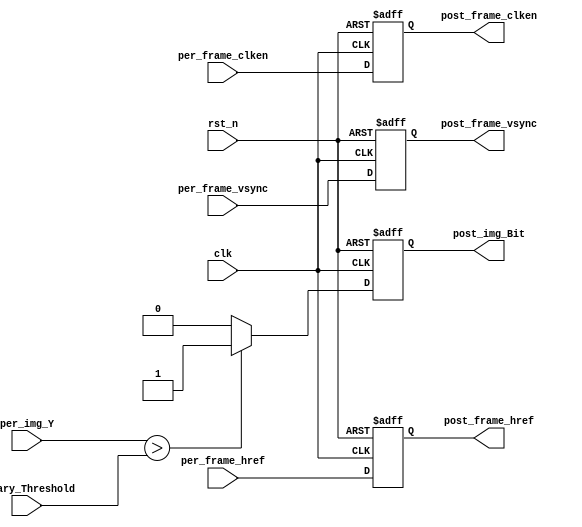

module binarization(
    input               clk             ,   // 
    input               rst_n           ,   // 

	input				per_frame_vsync,
	input				per_frame_href ,	
	input				per_frame_clken,
	input		[7:0]	per_img_Y,		

	output	reg 		post_frame_vsync,	
	output	reg 		post_frame_href ,	
	output	reg 		post_frame_clken,	
	output	reg 		post_img_Bit,		

	input		[7:0]	Binary_Threshold
);


//
always @(posedge clk or negedge rst_n) begin
    if(!rst_n)
        post_img_Bit <= 1'b0;
    else begin
		if(per_img_Y > Binary_Threshold)  //
			post_img_Bit <= 1'b1;
		else
			post_img_Bit <= 1'b0;
	end
end


always@(posedge clk or negedge rst_n) begin
    if(!rst_n) begin
        post_frame_vsync <= 1'd0;
        post_frame_href  <= 1'd0;
        post_frame_clken <= 1'd0;
    end
    else begin
        post_frame_vsync <= per_frame_vsync;
        post_frame_href  <= per_frame_href ;
        post_frame_clken <= per_frame_clken;
    end
end

endmodule